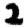
Digit: 2